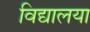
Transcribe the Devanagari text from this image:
विद्यालया